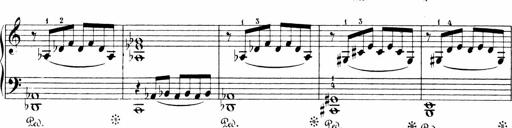
Title: Sonatinen Op.47, 98 und 136, nebst 6 Liedersonatinen
Composer: Carl Reinecke